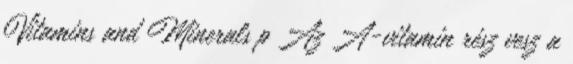
Vitamins and Minerals p Az A-vitamin rész vesz a